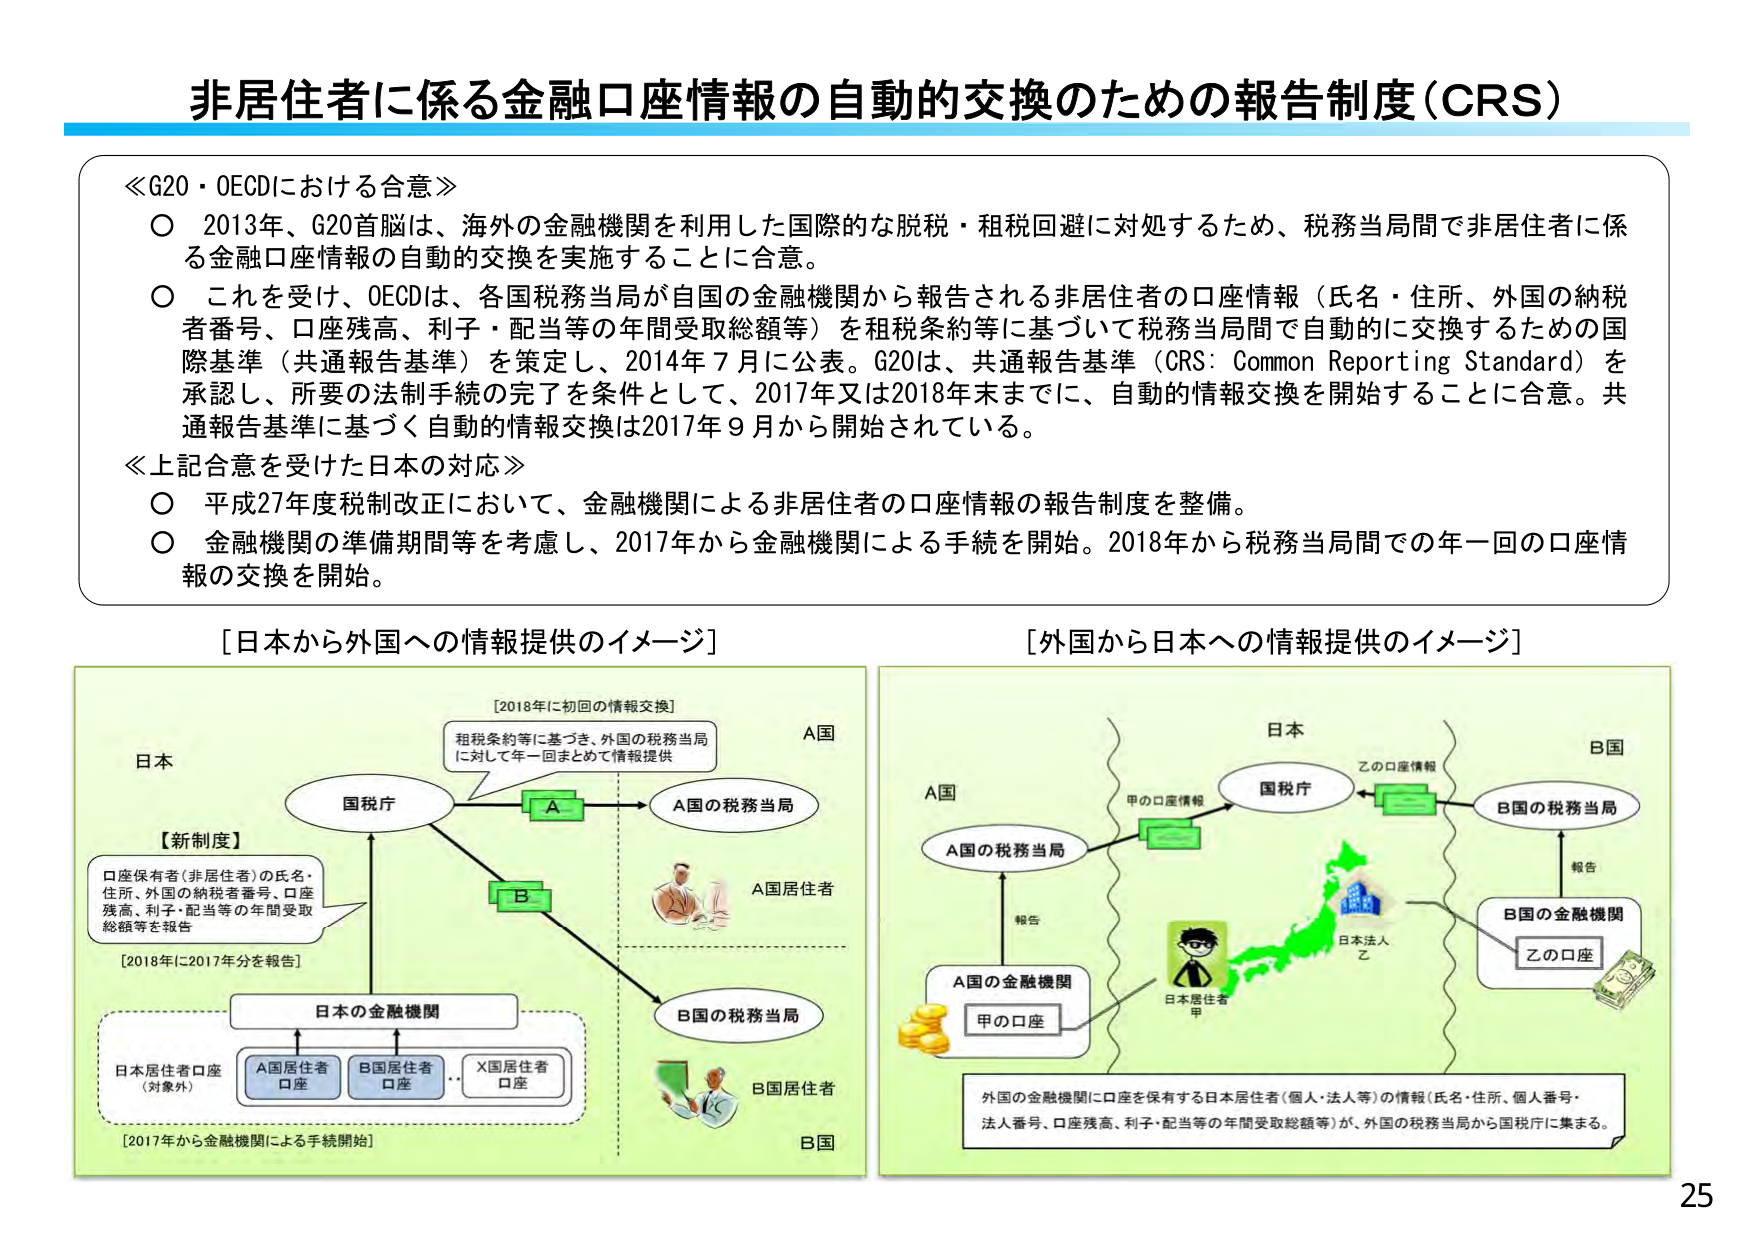
非居住者に係る金融口座情報の自動的交換のための報告制度（CRS）

≪G20・OECDにおける合意≫
○ 2013年、G20首脳は、海外の金融機関を利用した国際的な脱税・租税回避に対処するため、税務当局間で非居住者に係る金融口座情報の自動的交換を実施することに合意。
○ これを受けて、OECDは、各国税務当局が自国の金融機関から報告される非居住者の口座情報（氏名・住所、外国の納税者番号、口座残高、利子・配当等の年間受取総額等）を租税条約等に基づいて税務当局間で自動的に交換するための国際基準（共通報告基準）を策定し、2014年7月に公表。G20は、共通報告基準（CRS: Common Reporting Standard）を承認し、所要の法制手続の完了を条件として、2017年又は2018年末までに、自動的情報交換を開始することに合意。共通報告基準に基づく自動的情報交換は2017年9月から開始されている。

≪上記合意を受けた日本の対応≫
○ 平成27年度税制改正において、金融機関による非居住者の口座情報の報告制度を整備。
○ 金融機関の準備期間等を考慮し、2017年から金融機関による手続を開始。2018年から税務当局間での年一回の口座情報の交換を開始。

[日本から外国への情報提供のイメージ]
[2018年に初回の情報交換]
租税条約等に基づき、外国の税務当局に対して年一回まとめて情報提供
A国
国税庁
A国の税務当局
B国の税務当局
日本の金融機関
[2018年に2017年分を報告]
口座保有者（非居住者）の氏名・住所、外国の納税者番号、口座残高、利子・配当等の年間受取総額等を報告
【新制度】
日本居住者口座（対象外）
A国居住者口座
B国居住者口座
X国居住者口座
[2017年から金融機関による手続開始]
A国居住者
B国居住者
日本

[外国から日本への情報提供のイメージ]
日本
B国
A国
A国の税務当局
B国の税務当局
国税庁
A国の金融機関
B国の金融機関
甲の口座
乙の口座
報告
報告
甲の口座情報
乙の口座情報
日本法人 乙
日本居住者 甲
外国の金融機関に口座を保有する日本居住者（個人・法人等）の情報（氏名・住所、個人番号・法人番号、口座残高、利子・配当等の年間受取総額等）が、外国の税務当局から国税庁に集まる。

25